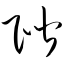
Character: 阶